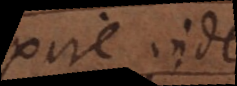
exire inde